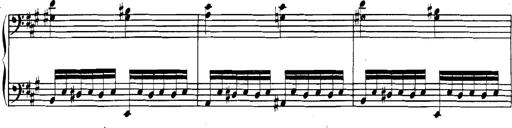
Title: Spinnerlied aus dem Fliegenden HollÃ¤nder
Composer: Franz Liszt